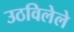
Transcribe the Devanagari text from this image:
उठविलेले